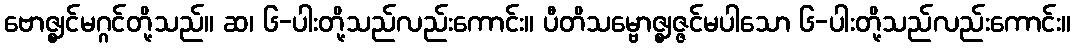
ဗောဇ္ဈင်မဂ္ဂင်တို့သည်။ ဆ၊ ၆-ပါးတို့သည်လည်းကောင်း။ ပီတိသမ္ဗောဇ္ဈဇ္ဇင်မပါသော ၆-ပါးတို့သည်လည်းကောင်း။